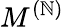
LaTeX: M^{(\mathbb{N})}